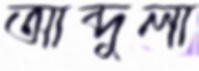
আব্দুলা